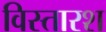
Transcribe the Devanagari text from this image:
विस्तारश